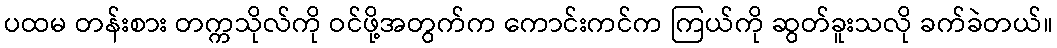
ပထမ တန်းစား တက္ကသိုလ်ကို ဝင်ဖို့အတွက်က ကောင်းကင်က ကြယ်ကို ဆွတ်ခူးသလို ခက်ခဲတယ်။